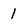
Character: 1